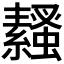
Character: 𧔓